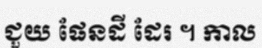
ជួយ ផែនដី ដែរ ។ កាល